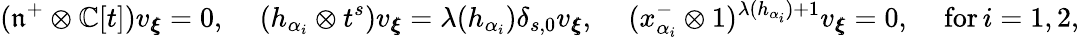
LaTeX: (\mathfrak{n}^{+}\otimes\mathbb C[t])v_{\pmb{\xi}}=0,\quad\, (h_{\alpha_{i}}\otimes t^{s})v_{\pmb{\xi}}=\lambda(h_{\alpha_{i}})\delta_{s,0}v_{\pmb{\xi}},\quad\, (x_{\alpha_{i}}^{-}\otimes 1)^{\lambda(h_{\alpha_{i}})+1}v_{\pmb{\xi}}=0,\quad\, \mathrm{for}\, i=1,2,